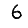
Digit: 6